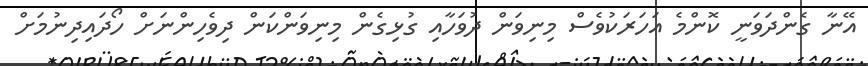
އޭނާ ގެންދަވަނީ ކޮންމެ އަހަރަކުވެސް މިނިވަން ދުވަހާއި ގުޅިގެން މިނިވަންކަން ދިވެހިންނަށް ހޯދައިދިނުމަށް